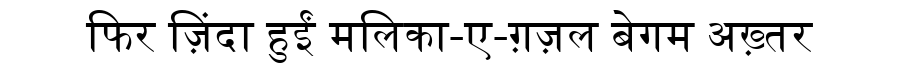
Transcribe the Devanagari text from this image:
फिर ज़िंदा हुईं मलिका-ए-ग़ज़ल बेगम अख़्तर